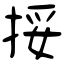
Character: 挼